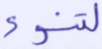
لتنوء